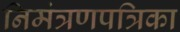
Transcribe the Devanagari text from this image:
निमंत्रणपत्रिका